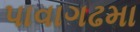
પાવાગઢમા